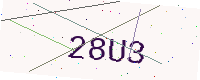
Text: 28U3